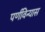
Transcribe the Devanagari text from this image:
पर्णविन्यास